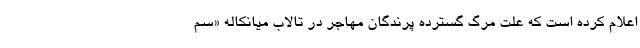
اعلام کرده است که علت مرگ گسترده پرندگان مهاجر در تالاب میانکاله «سم